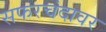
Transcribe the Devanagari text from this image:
सफरचंदावर